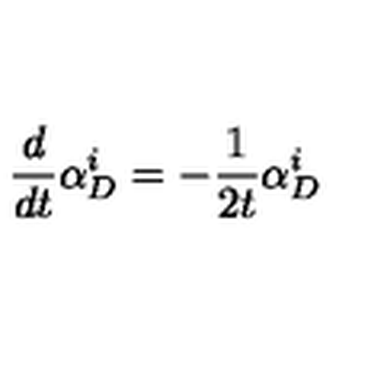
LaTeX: \frac { d } { d t } \alpha _ { D } ^ { i } = - \frac { 1 } { 2 t } \alpha _ { D } ^ { i }